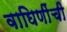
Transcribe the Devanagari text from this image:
वाघिणींची